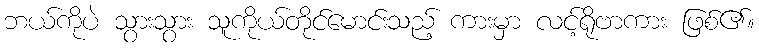
ဘယ်ကိုပဲ သွားသွား သူကိုယ်တိုင်မောင်းသည့် ကားမှာ လင့်ရိုဗာကား ဖြစ်၏။